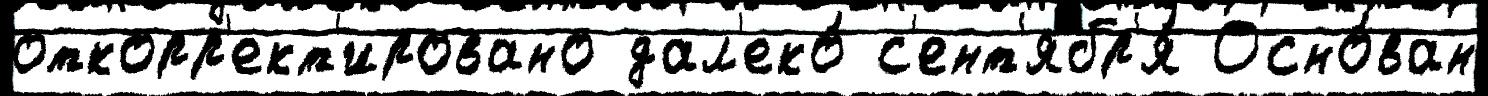
откорр'ект'ировано дал'еко́ с'ент'ябр'я́ Осно́ван